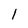
Character: 1